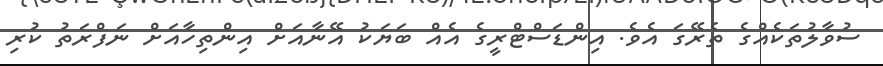
ސުވާލުތަކެއްގެ ތެރޭގަ އެވެ. އިންޑަސްޓްރީގެ އެއް ބަޔަކު އޭނާއަށް އިންތިހާއަށް ނަފްރަތު ކުރި